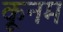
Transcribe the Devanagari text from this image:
कूनम